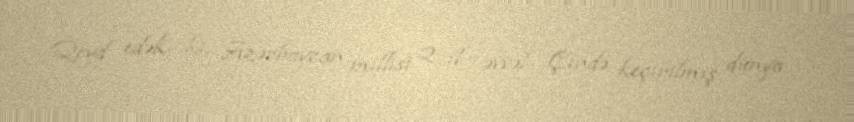
Qeyd edək ki, Azərbaycan millisi 2 il əvvəl Çində keçirilmiş dünya